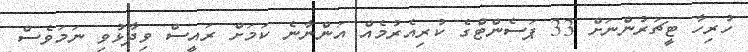
ހުރިހާ ޓީޗަރުންނަށް 33 ޕަސެންޓްގެ ކުރިއެރުމެއް އަންނާނެ ކަމަށް ރައީސް ވިދާޅުވި ނަމަވެސް